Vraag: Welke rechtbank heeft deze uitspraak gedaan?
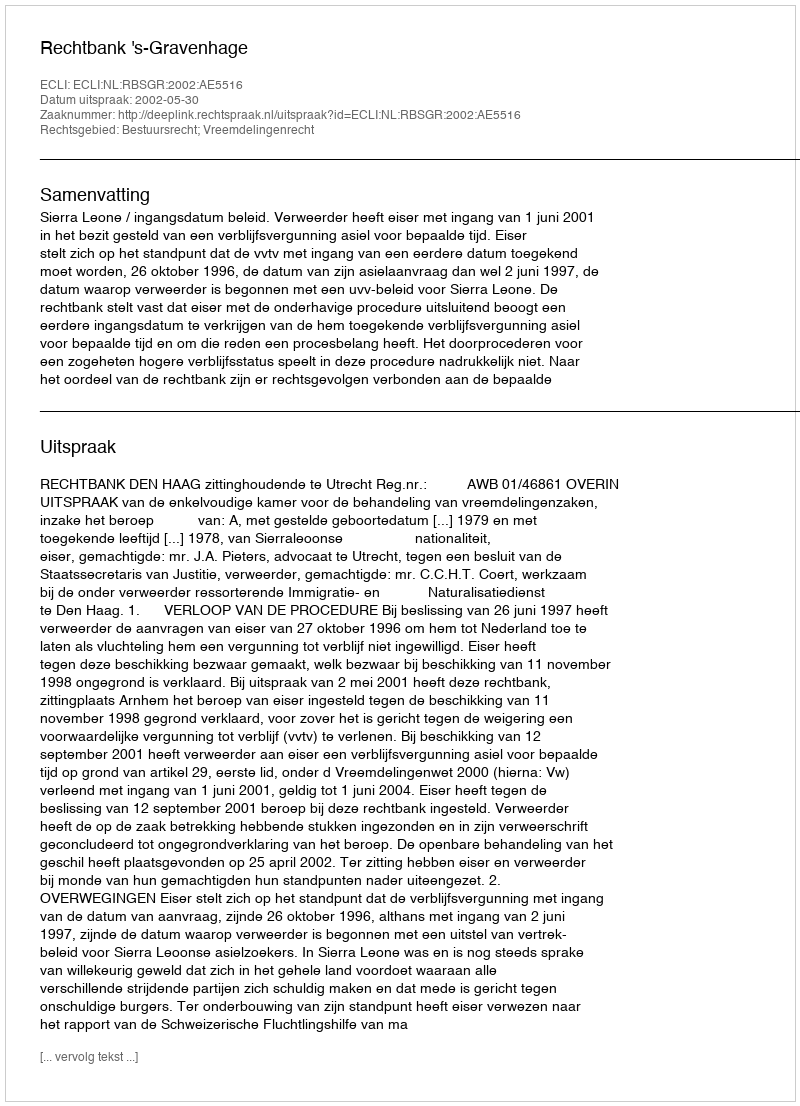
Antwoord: Rechtbank 's-Gravenhage